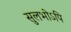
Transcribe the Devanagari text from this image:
सुलभोऽपि